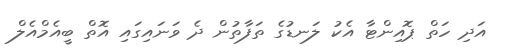
އަދި ހަތް ޕޮއިންޓާ އެކު ލަނޑުގެ ތަފާތުން ދެ ވަނައިގައި އޮތް ބީއެމްއެލް